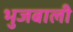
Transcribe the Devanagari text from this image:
भुजबाली